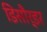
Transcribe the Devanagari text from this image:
डिसौर्डर